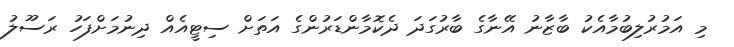
މި އަމުރުލިބުމާއެކު ބާޒާނު އޭނާގެ ބާރުގަދަ ދެކޮމާންޑަރުންގެ އަތަށް ސިޓީއެއް ދިނުމަށްފަހު ރަސޫލު